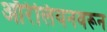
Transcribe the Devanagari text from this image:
ऑरेलियनवरून